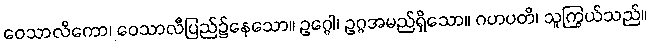
ဝေသာလိကော၊ ဝေသာလီပြည်၌နေသော။ ဥဂ္ဂေါ၊ ဥဂ္ဂအမည်ရှိသော။ ဂဟပတိ၊ သူကြွယ်သည်။